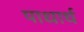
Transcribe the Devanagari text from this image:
पाधार्थ